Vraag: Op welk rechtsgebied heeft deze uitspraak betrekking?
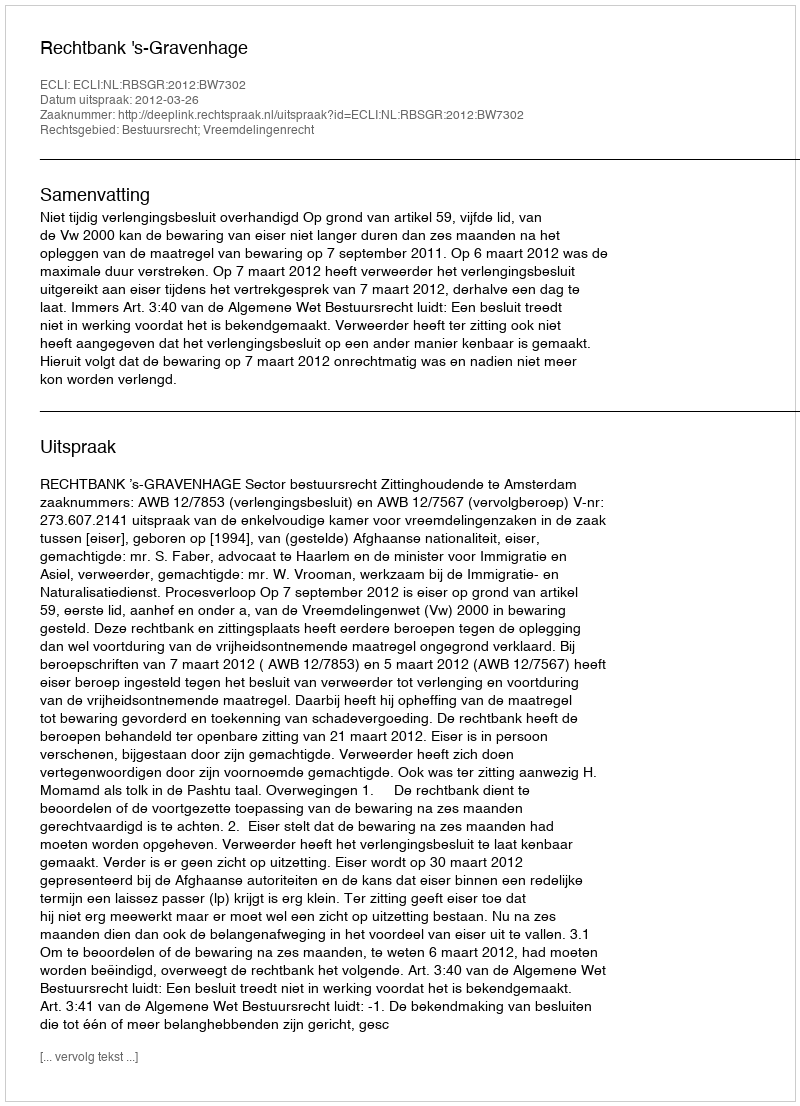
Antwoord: Bestuursrecht; Vreemdelingenrecht